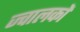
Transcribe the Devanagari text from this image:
ज्वालकों